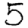
Digit: 5